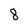
Character: 8